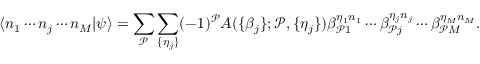
\langle n _ { 1 } \cdots n _ { j } \cdots n _ { M } | \psi \rangle = \sum _ { \mathcal { P } } \sum _ { \{ \eta _ { j } \} } ( - 1 ) ^ { \mathcal { P } } A ( \{ \beta _ { j } \} ; \mathcal { P } , \{ \eta _ { j } \} ) \beta _ { \mathcal { P } 1 } ^ { \eta _ { 1 } n _ { 1 } } \cdots \beta _ { \mathcal { P } j } ^ { \eta _ { j } n _ { j } } \cdots \beta _ { \mathcal { P } M } ^ { \eta _ { M } n _ { M } } .